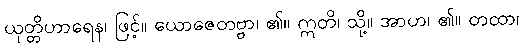
ယုတ္တိဟာရေန၊ ဖြင့်။ ယောဇေတဗ္ဗာ၊ ၏။ ဣတိ၊ သို့။ အာဟ၊ ၏။ တထာ၊